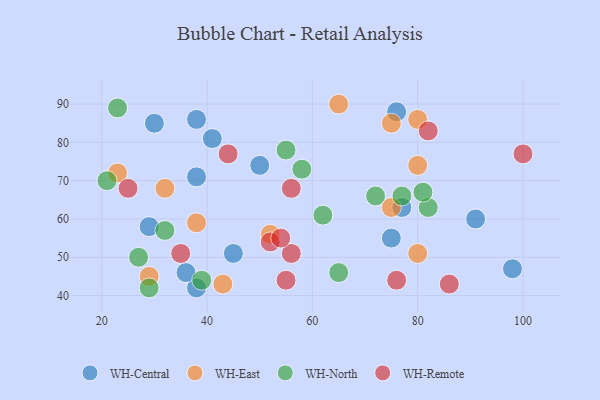
{"axis": {"x": "GDP", "y": "Life Expectancy"}, "legend": ["WH-Central", "WH-East", "WH-North", "WH-Remote"], "data": [{"x": "75", "y": 55, "type": "WH-Central"}, {"x": "38", "y": 42, "type": "WH-Central"}, {"x": "77", "y": 63, "type": "WH-Central"}, {"x": "29", "y": 58, "type": "WH-Central"}, {"x": "30", "y": 85, "type": "WH-Central"}, {"x": "91", "y": 60, "type": "WH-Central"}, {"x": "45", "y": 51, "type": "WH-Central"}, {"x": "36", "y": 46, "type": "WH-Central"}, {"x": "98", "y": 47, "type": "WH-Central"}, {"x": "38", "y": 71, "type": "WH-Central"}, {"x": "50", "y": 74, "type": "WH-Central"}, {"x": "38", "y": 86, "type": "WH-Central"}, {"x": "76", "y": 88, "type": "WH-Central"}, {"x": "41", "y": 81, "type": "WH-Central"}, {"x": "75", "y": 85, "type": "WH-East"}, {"x": "43", "y": 43, "type": "WH-East"}, {"x": "32", "y": 68, "type": "WH-East"}, {"x": "75", "y": 63, "type": "WH-East"}, {"x": "80", "y": 74, "type": "WH-East"}, {"x": "29", "y": 45, "type": "WH-East"}, {"x": "65", "y": 90, "type": "WH-East"}, {"x": "80", "y": 51, "type": "WH-East"}, {"x": "80", "y": 86, "type": "WH-East"}, {"x": "23", "y": 72, "type": "WH-East"}, {"x": "52", "y": 56, "type": "WH-East"}, {"x": "38", "y": 59, "type": "WH-East"}, {"x": "39", "y": 44, "type": "WH-North"}, {"x": "65", "y": 46, "type": "WH-North"}, {"x": "82", "y": 63, "type": "WH-North"}, {"x": "58", "y": 73, "type": "WH-North"}, {"x": "72", "y": 66, "type": "WH-North"}, {"x": "27", "y": 50, "type": "WH-North"}, {"x": "81", "y": 67, "type": "WH-North"}, {"x": "55", "y": 78, "type": "WH-North"}, {"x": "29", "y": 42, "type": "WH-North"}, {"x": "23", "y": 89, "type": "WH-North"}, {"x": "32", "y": 57, "type": "WH-North"}, {"x": "77", "y": 66, "type": "WH-North"}, {"x": "21", "y": 70, "type": "WH-North"}, {"x": "62", "y": 61, "type": "WH-North"}, {"x": "35", "y": 51, "type": "WH-Remote"}, {"x": "56", "y": 68, "type": "WH-Remote"}, {"x": "56", "y": 51, "type": "WH-Remote"}, {"x": "86", "y": 43, "type": "WH-Remote"}, {"x": "100", "y": 77, "type": "WH-Remote"}, {"x": "55", "y": 44, "type": "WH-Remote"}, {"x": "82", "y": 83, "type": "WH-Remote"}, {"x": "52", "y": 54, "type": "WH-Remote"}, {"x": "25", "y": 68, "type": "WH-Remote"}, {"x": "44", "y": 77, "type": "WH-Remote"}, {"x": "54", "y": 55, "type": "WH-Remote"}, {"x": "76", "y": 44, "type": "WH-Remote"}]}